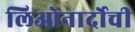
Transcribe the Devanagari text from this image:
लिओनार्दोची